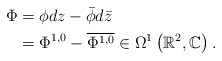
\begin{align*}\Phi &= \phi dz - \bar{\phi}d\bar{z} \\&= \Phi^{1,0} - \overline{\Phi^{1,0}}\in \Omega^{1}\left(\mathbb{R}^{2}, \mathbb{C}\right).\end{align*}